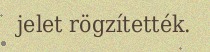
jelet rögzítették.